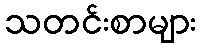
သတင်းစာများ